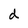
Character: d